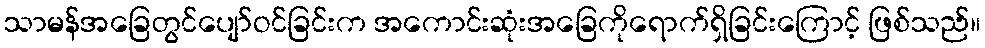
သာမန်အခြေတွင်ပျော်ဝင်ခြင်းက အကောင်းဆုံးအခြေကိုရောက်ရှိခြင်းကြောင့် ဖြစ်သည်။